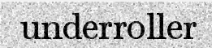
underroller